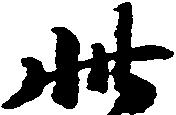
此